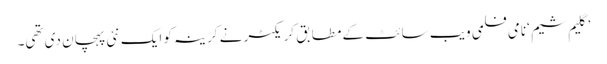
’گلیم شیم ‘نامی فلمی ویب سائٹ کے مطابق کریکٹر نے کرینہ کو ایک نئی پہچان دی تھی۔